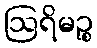
ဩရိမဉ္စ